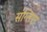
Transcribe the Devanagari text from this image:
संग्लिएर